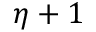
\eta + 1